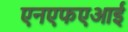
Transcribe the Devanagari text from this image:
एनएफएआई